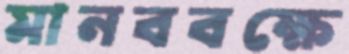
মানববক্ষে